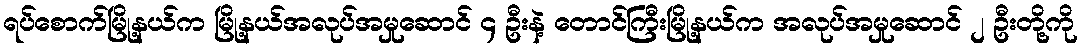
ရပ်စောက်မြို့နယ်က မြို့နယ်အလုပ်အမှုဆောင် ၄ ဦးနဲ့ တောင်ကြီးမြို့နယ်က အလုပ်အမှုဆောင် ၂ ဦးတို့ကို